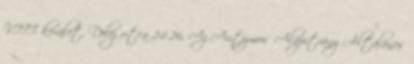
VIII. kerület, Delej utca 24-26. Az Autizmus Alapítvány Általános